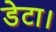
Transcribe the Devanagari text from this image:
डेटा।